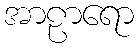
အာဠာရော